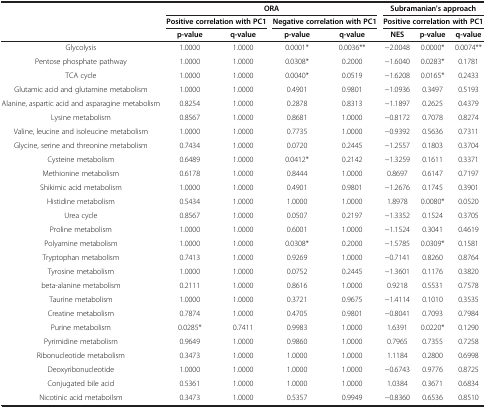
<table><thead><tr><td><b> </b></td><td colspan="4"><b>ORA</b></td><td colspan="3"><b>Subramanian&#x27;s approach</b></td></tr><tr><td><b> </b></td><td colspan="2"><b>Positive correlation with PC1</b></td><td colspan="2"><b>Negative correlation with PC1</b></td><td colspan="3"><b>Positive correlation with PC1</b></td></tr><tr><td><b> </b></td><td><b>p-value</b></td><td><b>q-value</b></td><td><b>p-value</b></td><td><b>q-value</b></td><td><b>NES</b></td><td><b>p-value</b></td><td><b>q-value</b></td></tr></thead><tbody><tr><td>Glycolysis</td><td>1.0000</td><td>1.0000</td><td> </td><td>0.0001*</td><td>0.0036**</td><td>-2.0048</td><td>0.0000*</td><td>0.0074**</td></tr><tr><td>Pentose phosphate pathway</td><td>1.0000</td><td>1.0000</td><td> </td><td>0.0308*</td><td>0.2000</td><td>-1.6040</td><td>0.0283*</td><td>0.1781</td></tr><tr><td>TCA cycle</td><td>1.0000</td><td>1.0000</td><td> </td><td>0.0040*</td><td>0.0519</td><td>-1.6208</td><td>0.0165*</td><td>0.2433</td></tr><tr><td>Glutamic acid and glutamine metabolism</td><td>1.0000</td><td>1.0000</td><td> </td><td>0.4901</td><td>0.9801</td><td>-1.0936</td><td>0.3497</td><td>0.5193</td></tr><tr><td>Alanine, aspartic acid and asparagine metabolism</td><td>0.8254</td><td>1.0000</td><td> </td><td>0.2878</td><td>0.8313</td><td>-1.1897</td><td>0.2625</td><td>0.4379</td></tr><tr><td>Lysine metabolism</td><td>0.8567</td><td>1.0000</td><td> </td><td>0.8681</td><td>1.0000</td><td>-0.8172</td><td>0.7078</td><td>0.8274</td></tr><tr><td>Valine, leucine and isoleucine metabolism</td><td>1.0000</td><td>1.0000</td><td> </td><td>0.7735</td><td>1.0000</td><td>-0.9392</td><td>0.5636</td><td>0.7311</td></tr><tr><td>Glycine, serine and threonine metabolism</td><td>0.7434</td><td>1.0000</td><td> </td><td>0.0720</td><td>0.2445</td><td>-1.2557</td><td>0.1803</td><td>0.3704</td></tr><tr><td>Cysteine metabolism</td><td>0.6489</td><td>1.0000</td><td> </td><td>0.0412*</td><td>0.2142</td><td>-1.3259</td><td>0.1611</td><td>0.3371</td></tr><tr><td>Methionine metabolism</td><td>0.6178</td><td>1.0000</td><td> </td><td>0.8444</td><td>1.0000</td><td>0.8697</td><td>0.6147</td><td>0.7197</td></tr><tr><td>Shikimic acid metabolism</td><td>1.0000</td><td>1.0000</td><td> </td><td>0.4901</td><td>0.9801</td><td>-1.2676</td><td>0.1745</td><td>0.3901</td></tr><tr><td>Histidine metabolism</td><td>0.5434</td><td>1.0000</td><td> </td><td>1.0000</td><td>1.0000</td><td>1.8978</td><td>0.0080*</td><td>0.0520</td></tr><tr><td>Urea cycle</td><td>0.8567</td><td>1.0000</td><td> </td><td>0.0507</td><td>0.2197</td><td>-1.3352</td><td>0.1524</td><td>0.3705</td></tr><tr><td>Proline metabolism</td><td>1.0000</td><td>1.0000</td><td> </td><td>0.6001</td><td>1.0000</td><td>-1.1524</td><td>0.3041</td><td>0.4619</td></tr><tr><td>Polyamine metabolism</td><td>1.0000</td><td>1.0000</td><td> </td><td>0.0308*</td><td>0.2000</td><td>-1.5785</td><td>0.0309*</td><td>0.1581</td></tr><tr><td>Tryptophan metabolism</td><td>0.7413</td><td>1.0000</td><td> </td><td>0.9269</td><td>1.0000</td><td>-0.7141</td><td>0.8260</td><td>0.8764</td></tr><tr><td>Tyrosine metabolism</td><td>1.0000</td><td>1.0000</td><td> </td><td>0.0752</td><td>0.2445</td><td>-1.3601</td><td>0.1176</td><td>0.3820</td></tr><tr><td>beta-alanine metabolism</td><td>0.2111</td><td>1.0000</td><td> </td><td>0.8616</td><td>1.0000</td><td>0.9218</td><td>0.5531</td><td>0.7578</td></tr><tr><td>Taurine metabolism</td><td>1.0000</td><td>1.0000</td><td> </td><td>0.3721</td><td>0.9675</td><td>-1.4114</td><td>0.1010</td><td>0.3535</td></tr><tr><td>Creatine metabolism</td><td>0.7874</td><td>1.0000</td><td> </td><td>0.4705</td><td>0.9801</td><td>-0.8041</td><td>0.7093</td><td>0.7984</td></tr><tr><td>Purine metabolism</td><td>0.0285*</td><td>0.7411</td><td> </td><td>0.9983</td><td>1.0000</td><td>1.6391</td><td>0.0220*</td><td>0.1290</td></tr><tr><td>Pyrimidine metabolism</td><td>0.9649</td><td>1.0000</td><td> </td><td>0.9860</td><td>1.0000</td><td>0.7965</td><td>0.7355</td><td>0.7258</td></tr><tr><td>Ribonucleotide metabolism</td><td>0.3473</td><td>1.0000</td><td> </td><td>1.0000</td><td>1.0000</td><td>1.1184</td><td>0.2800</td><td>0.6998</td></tr><tr><td>Deoxyribonucleotide</td><td>1.0000</td><td>1.0000</td><td> </td><td>1.0000</td><td>1.0000</td><td>-0.6743</td><td>0.9776</td><td>0.8725</td></tr><tr><td>Conjugated bile acid</td><td>0.5361</td><td>1.0000</td><td> </td><td>1.0000</td><td>1.0000</td><td>1.0384</td><td>0.3671</td><td>0.6834</td></tr><tr><td>Nicotinic acid metaboilsm</td><td>0.3473</td><td>1.0000</td><td> </td><td>0.5357</td><td>0.9949</td><td>-0.8360</td><td>0.6536</td><td>0.8510</td></tr></tbody></table>